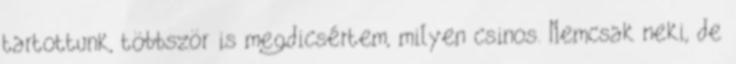
tartottunk, többször is megdicsértem, milyen csinos. Nemcsak neki, de